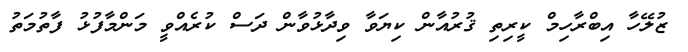
ޒުލޭހާ އިބްރާހިމް ކީރިތި ޤުރުއާން ކިޔަވާ ވިދާޅުވާން ދަސް ކުރެއްވީ މަންމާފުޅު ފާތުމަތު